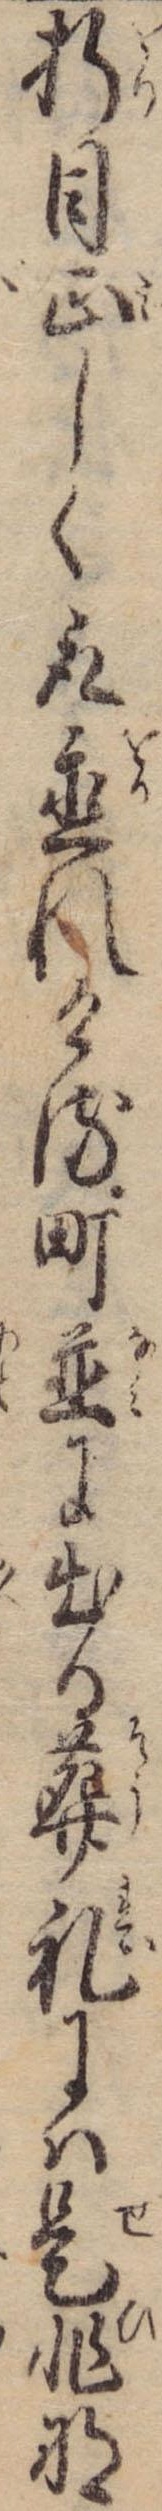
折目正しく取置れける町並に出る葬礼には是非な